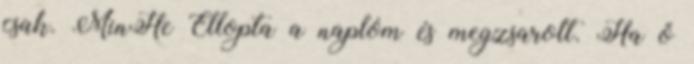
csak. MinHe Ellopta a naplóm és megzsarolt. Ha ő